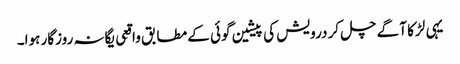
یہی لڑکا آگے چل کر درویش کی پیشین گوئی کے مطابق واقِعی یگانہ روزگار ہوا۔